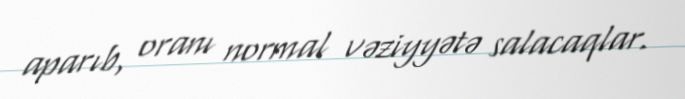
aparıb, oranı normal vəziyyətə salacaqlar.